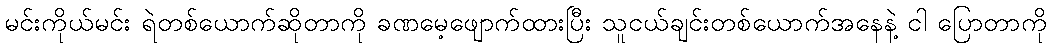
မင်းကိုယ်မင်း ရဲတစ်ယောက်ဆိုတာကို ခဏမေ့ဖျောက်ထားပြီး သူငယ်ချင်းတစ်ယောက်အနေနဲ့ ငါ ပြောတာကို